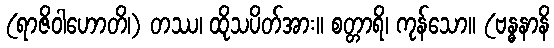
(ရာဇိဝါဟောတိ၊) တဿ၊ ထိုသပိတ်အား။ စတ္တာရိ၊ ကုန်သော။ (ဗန္ဓနာနိ